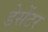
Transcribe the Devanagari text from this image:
डेसेंटर